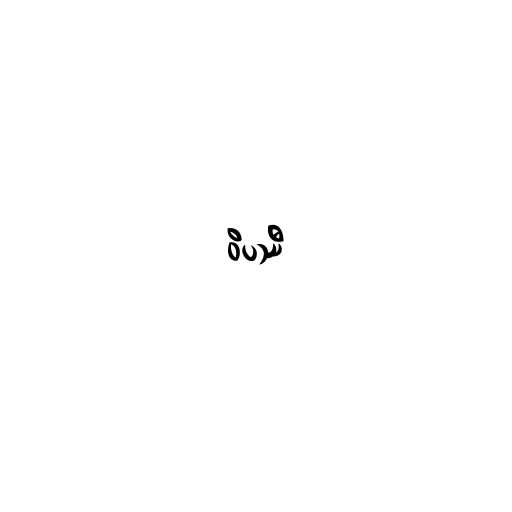
ဝိပဿီ